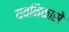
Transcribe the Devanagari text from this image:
यवनिकासे